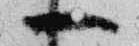
一